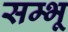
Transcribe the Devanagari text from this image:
सम्भू